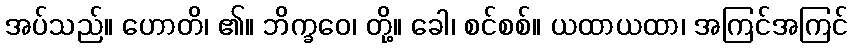
အပ်သည်။ ဟောတိ၊ ၏။ ဘိက္ခဝေ၊ တို့။ ခေါ၊ စင်စစ်။ ယထာယထာ၊ အကြင်အကြင်